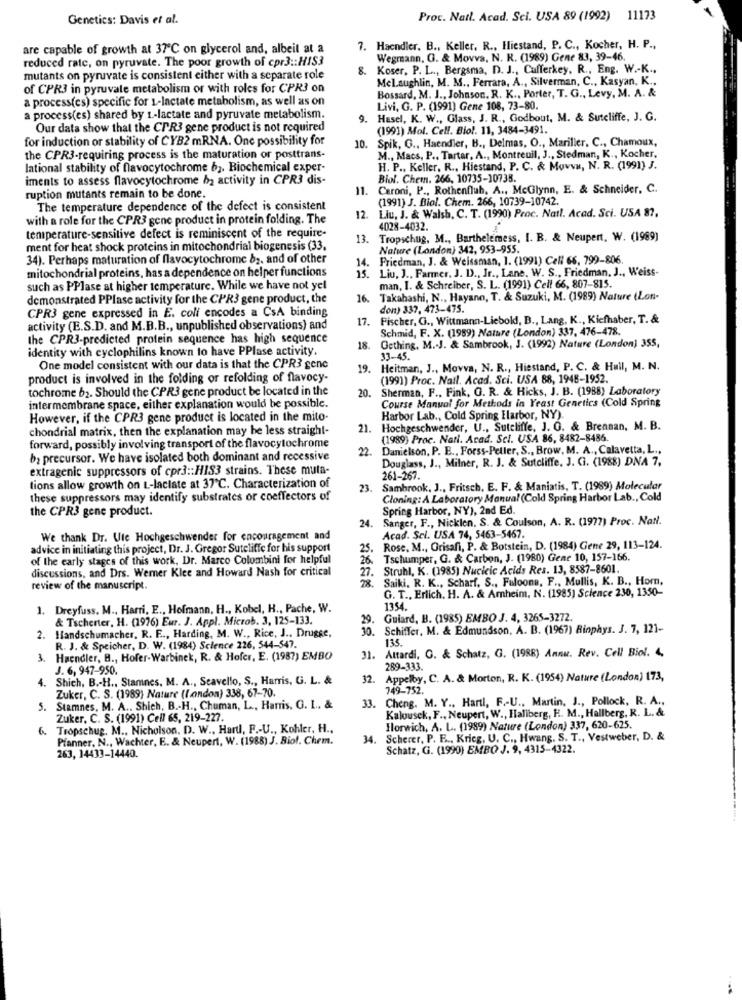
Genetics: Davis et al.
Proc. Natl. Acad. Sci. USA 89 (1992) 11173
are capable of growth at 37℃ on glycerol and, albeit at a
7. Haendler. B ., Keller, R ., Hliestand, P. C ., Kocher, H. P .,
reduced rate, on pyruvate. The poor growth of cpr3 :: HIS3
Wegmann, G. & Movva, N. R. (1989) Gene 83, 39-46.
8. Koser, P. L ., Bergsma, D. J ., Cufferkey, R ., Eng. W .- K .,
mutants on pyruvate is consistent either with a separate role
Melaughlin, M. M ., Ferrara, A ., Silverman, C ., Kasyan, K .,
of CPR3 in pyruvate metabolism or with roles for CPR3 on
a process(es) specific for 1-lactate metabolism, as well as on
Bossard, M. J ., Johnson. R. K ., Porter, T. G ., Levy, M. A. &
Livi, G. P. (1991) Gene 108, 73-80.
a process(es) shared by 1 .- lactate and pyruvate metabolism.
9. Hasel, K. W ., Glass, J. R ., Godbout, M. & Sutcliffe, J. G.
Our data show that the CPR3 gene product is not required
(1991) Mol. Cell. Biol. 11, 3484-3491.
for induction or stability of CYB2 mRNA. One possibility for
10. Spik, G ., Haendler, B ., Delmas, O ., Mariller. C ., Chamoux,
the CPR3-requiring process is the maturation or posttrans-
M ., Macs, P ., Tartar. A ., Montreuil, J ., Stedman, K ., Kocher,
lational stability of flavocytochrome b2. Biochemical exper-
H. P ., Keller, R ., Hiestand, P. C. & Muwww, N. R. (1991) J.
iments to assess flavocytochrome b2 activity in CPR3 dis-
Biol. Chem. 266, 10735-10738.
11.
Caroni, P ., Rothenfluh, A ., McGlynn, E. & Schneider, C.
ruption mutants remain to be done.
(1991) J. Biol. Chem. 266, 10739-10742.
The temperature dependence of the defect is consistent
Llu, J. & Walsh, C. T. (1990) Proc. Natl. Acad. Sci. USA 87,
with a role for the CPR3 gene product in protein folding. The
12.
temperature-sensitive defect is reminiscent of the require-
4028-4032.
13.
Tropschug, M ., Barthelemess, I. B. & Neupert, W. (1989)
ment for heat shock proteins in mitochondrial biogenesis (33.
Nature (London) 342, 953-955.
34). Perhaps maturation of flavocytochrome b2. and of other
14. Friedman, J. & Weissman, 1. (1991) Cell 66, 799-806.
mitochondrial proteins, has a dependence on helper functions
15. Liu, J ., Farmer, J. D ., Jr ., Lane. W. S ., Friedman. J ., Weiss-
such as PPlase at higher temperature. While we have not yel
man, I. & Schreiber, S. L. (1991) Cell 66, 807-815.
demonstrated PPlase activity for the CPR3 gene product, the
16.
Takahashi, N ., Hayano, T. & Suzuki, M. (1989) Nature (Lon-
CPR3 gene expressed in E. coli encodes a CsA binding
don) 337, 473-475.
17.
Fischer, G ., Wittmann-Liebold, B ., Lang, K ., Kiefhaber, T. &
activity (E.S.D. and M.B.B ., unpublished observations) and
Schmid, F. X. (1989) Nature (London) 337, 476-478.
the CPR3-predicted protein sequence has high sequence
identity with cyclophilins known to have PPlase activity.
18.
Gething, M .- J. & Sambrook, J. (1992) Nature (London) 355,
33-45.
One model consistent with our data is that the CPR3 gene
19. Heitman, J ., Movva, N. R ., Hiestand, P. C. & Hull, M. N.
product is involved in the folding or refolding of flavocy-
(1991) Proc. Nail. Acad. Sci. USA 88, 1948-1952.
tochrome b2. Should the CPR3 gene product be located in the
Sherman, F ., Fink, G. R. & Hicks, J. B. (1988) Laboratory
20.
Course Manual for Methods in Yeast Genetics (Cold Spring
intermembrane space, either explanation would be possible.
However, if the CPR3 gene product is located in the mito-
Harbor Lab ., Cold Spring Harbor, NY)
chondrial matrix, then the explanation may be less straight-
21. Hochgeschwender, U ., Sutcliffe, J. G. & Brennan, M. B.
(1989) Proc. Nati. Acad. Sci. USA 86, 8482-8486.
forward, possibly involving transport of the flavocytochrome
22. Danielson, P. E ., Forss-Peller, S ., Brow, M. A ., Calavetta, L .,
b2 precursor. We have isolated both dominant and recessive
Douglass, J ., Milner, R. J. & Sutcliffe. J. G. (1988) DNA 7,
extragenic suppressors of cpr3 :: HIS3 strains. These muta-
261-267.
tions allow growth on L-laclate at 37℃. Characterization of
23.
Sambrook, J ., Fritsch. E. F. & Maniatis, T. (1989) Molecular
these suppressors may identify substrates or coeffectors of
Cloning: A Laboratory Manual (Cold Spring Harbor Lab ., Cold
the CPR3 gene product.
Spring Harbor, NY), 2nd Ed
. Sanger, F ., Nicklen. S. & Coulson, A. R. (1977) Proc. NaNl.
We thank Dr. Ute Hochgeschwender for encouragement and
Acad. Sci. USA 74, 5463-5467.
advice in initiating this project, Dr. J. Gregor Sutcliffe for his support
25.
Rose, M ., Orisafi, P. & Botstein, D. (1984) Gene 29, 113-124.
of the early stages of this work, Dr. Marco Colombini for helpful
26. Tschumper, G. & Carbon, J. (1980) Gene 10, 157-166
discussions, and Drs. Werner Klee and Howard Nash for critical
Struhl, K. (1985) Nucleic Acids Res. 13, 8587-8601.
Saiki. R. K ., Scharf, S ., Fuloone, F ., Mullis, K. B ., Hom,
review of the manuscript.
28.
G. T ., Erlich. H. A. & Amheim, N. (1985) Science 230, 1350-
1. Dreyfuss. M ., Harri, E ., Hofmann, H ., Kobel, H ., Pache, W.
1354.
& Tscherter, H. (1976) Eur. J. Appl. Microb. 3, 125-133.
29.
Guiard, B. (1985) EMBO J. 4, 3265-3272.
30. Schiffer, M. & Edmundson, A. B. (1967) Rinphys. J. 7, 121-
. Handschumacher, R. F .., Harding, M. W ., Rice, J ., Drugse,
135.
R. J. & Speicher, D. W. (1984) Science 226, 544-547.
Attardi, G. & Schatz, G. (1988) Annu. Rev. Cell Biol. 4,
. Haendler, B ., Hofer-Warbinek, R. & Hofer, E. (1987) EMBO
31.
J. 6, 947-950.
289-333.
4. Shich. B .- H ., Stamnes, M. A ., Seavello, S ., Harris, G. L. &
32. Appelby, C. A. & Morton, R. K. (1954) Nature (London) 173,
Zuker, C. S. (1989) Nature (london) 338, 67-70.
749-752.
33. Cheng. M. Y ., Hartl, F .- U ., Martin, J ., Pollock, R. A .,
5. Stamnes, M. A .. Shich, B .- H ., Chuman, L ., Harris, G. L .. &
Kalousek, F ., Neupert, W ., Haliberg, H. M ., Hallberg, R. L. &
Zuker, C. S. (1991) Cell 65, 219-227.
6. Tropschug. M ., Nicholson, D. W ., Hartl, F .- U ., Kohler, H .,
Hlorwich, A. L. (1989) Nature (London) 337, 620-625.
Pfanner, N ., Wachter, E. & Neupert, W. (1988) J. Biol. Chem.
34. Scherer, P. E ., Krieg, U. C ., Hwang. S. T ., Vestweber, D. &
Schatz, G. (1990) EMBO J. 9, 4315-4322.
263, 14433-14440.